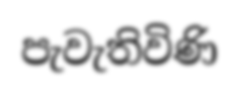
පැවැතිවිණි